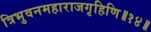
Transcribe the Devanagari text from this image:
त्रिभुवनमहाराजगृहिणि॥१४॥